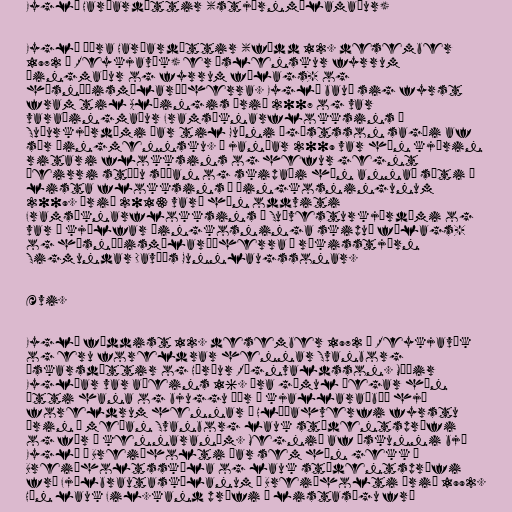
Eygló Harðardóttir (stjórnmálamaður)

Eygló Þóra Harðardóttir (fædd 12. desember
1972 í Reykjavík) er íslenskur fyrrum
þingmaður og fyrrum félags- og
húsnæðismálaráðherra. Eygló bauð sig fyrst
fram til Alþingis árið 2007 og var
varaþingmaður Framsóknarflokksins í
Suðurkjördæmi þar til Guðni Ágústsson sagði af
sér þingmennsku. Í janúar 2009 var hún kjörin
ritari flokksins og hefur gegnt
þeirri stöðu síðan og skipaði hún annað sæti á
lista flokksins í þingkosningunum
2009. Árið 2013 varð hún oddviti
Framsóknarflokksins í Suðvesturkjördæmi og
var í kjölfar þingkosninga skipuð félags-
og húsnæðismálaráðherra í ríkisstjórn
Sigmundar Davíðs Gunnlaugssonar.

Ævi.

Eygló fæddist 12. desember 1972 í Reykjavík
og eru foreldrar hennar Svanborg
Óskarsdóttir og Hörður Rögnvaldsson. Móðir
Eyglóar var aðeins 16. ára gömul þegar hún
átti hana og bjuggu þær í kjallaraíbúð hjá
foreldrum hennar í Hlíðahverfi fyrstu
árin á meðan Svanborg lauk stúdentsprófi
og fór í kennaranám. Megnið af æskunni bjó
Eygló í Breiðholti þar sem hún gekk í
Breiðholtsskóla og lauk stúdentsprófi
frá Fjölbrautaskólanum í Breiðholti árið 1992.
Hún lauk Fil.kand prófi í listasögu frá